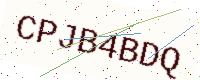
Text: CPJB4BDQ